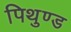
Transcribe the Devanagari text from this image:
पिथुण्ड